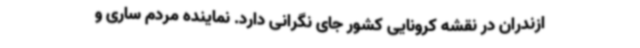
ازندران در نقشه کرونایی کشور جای نگرانی دارد. نماینده مردم ساری و